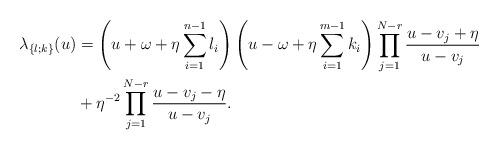
LaTeX: \begin{align*}\lambda_{\{l;k\}}(u) &= \left(u+\omega+\eta\sum_{i=1}^{n-1}l_i\right)\left(u-\omega+\eta\sum_{i=1}^{m-1}k_i\right)\prod_{j=1}^{N-r}\frac{u-v_j+\eta}{u-v_j}\\&+\eta^{-2}\prod_{j=1}^{N-r}\frac{u-v_j-\eta}{u-v_j}. \end{align*}